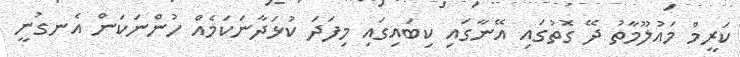
ކަރީމް މައުލޫމާތު ދޭ ގޮތުގައި އޭނާގައި ކިބައިގައި މިފަދަ ކުޅަދާނަކަމެއް ހުންނަކަން އެނގުނީ